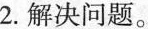
2.解决问题。